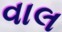
વાલ